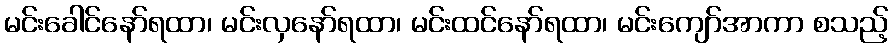
မင်းခေါင်နော်ရထာ၊ မင်းလှနော်ရထာ၊ မင်းထင်နော်ရထာ၊ မင်းကျော်အာကာ စသည့်